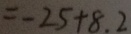
= - 2 5 + 8 . 2